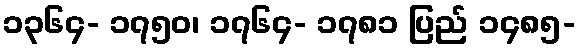
၁၃၆၄- ၁၇၅၀၊ ၁၇၆၄- ၁၇၈၁ ပြည် ၁၄၈၅-